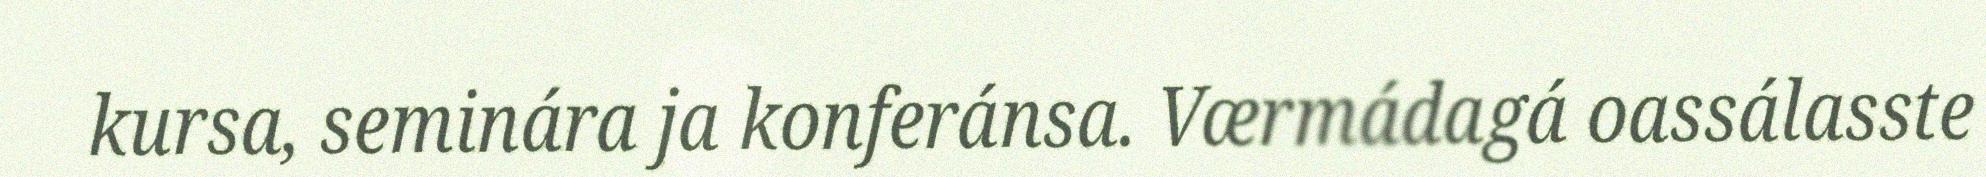
kursa, seminára ja konferánsa. Værmádagá oassálasste